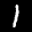
Label: 1